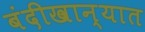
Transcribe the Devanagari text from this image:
बंदीखान्यात